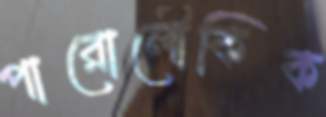
পারোলৌকিক